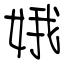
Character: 娥